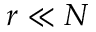
r \ll N